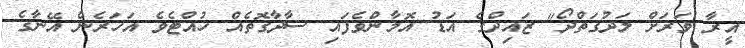
އީރާ ވަރަށް ލަދުގަތްދޯ" ޒައިދްގެ އަޑު އޮމާންވެފައި ސާދާގޮތެއް ހުއްޓެވެ އަހަރެން އޭނާގެ